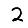
Digit: 2